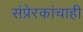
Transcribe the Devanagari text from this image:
संप्रेरकांचाही